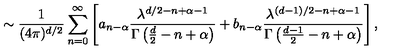
\sim { \frac { 1 } { ( 4 \pi ) ^ { d / 2 } } } \sum _ { n = 0 } ^ { \infty } \left[ a _ { n - \alpha } { \frac { \lambda ^ { d / 2 - n + \alpha - 1 } } { \Gamma \left( \frac d 2 - n + \alpha \right) } } + b _ { n - \alpha } { \frac { \lambda ^ { ( d - 1 ) / 2 - n + \alpha - 1 } } { \Gamma \left( { \frac { d - 1 } { 2 } } - n + \alpha \right) } } \right] ,